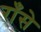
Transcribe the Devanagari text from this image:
राँसे